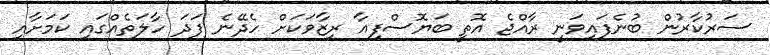
ސަރުކާރުން ބުނެފައިވަނީ ރާއްޖެ އޮތީ ބަޔޮސްފިއާ ރިޒާވަކަށް ހެދޭނެ ފަދަ ހާލަތެއްގައި ކަމަށާއި